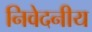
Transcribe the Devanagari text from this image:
निवेदनीय